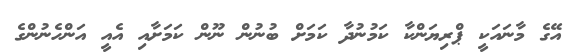
އޭގެ މާނައަކީ ޕްރިޔަންކާ ކަމުނުދާ ކަމަށް ބުނުން ނޫން ކަމަށާއި އެއީ އަންހެނުންގެ